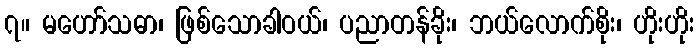
၇။ မဟော်သဓာ၊ ဖြစ်သောခါဝယ်၊ ပညာတန်ခိုး၊ ဘယ်လောက်စိုး၊ ဟိုးဟိုး